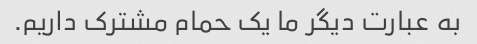
به عبارت دیگر ما یک حمام مشترک داریم.